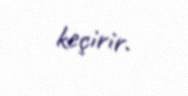
keçirir.